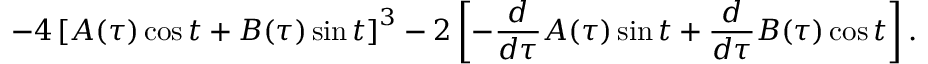
- 4 \left[ { \cal A } ( \tau ) \cos t + { \cal B } ( \tau ) \sin t \right] ^ { 3 } - 2 \left[ - { \frac { d } { d \tau } } { \cal A } ( \tau ) \sin t + { \frac { d } { d \tau } } { \cal B } ( \tau ) \cos t \right] .